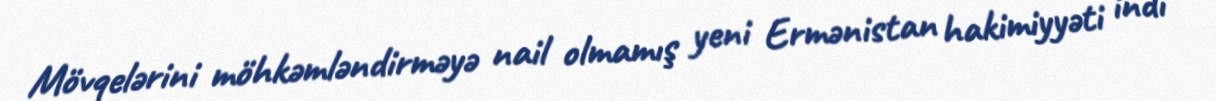
Mövqelərini möhkəmləndirməyə nail olmamış yeni Ermənistan hakimiyyəti indi